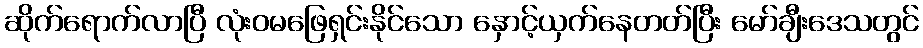
ဆိုက်ရောက်လာပြီ လုံးဝမဖြေရှင်းနိုင်သော နှောင့်ယှက်နေတတ်ပြီး မော်ချီးဒေသတွင်